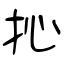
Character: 抋